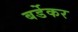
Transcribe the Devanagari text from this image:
बर्डेकर